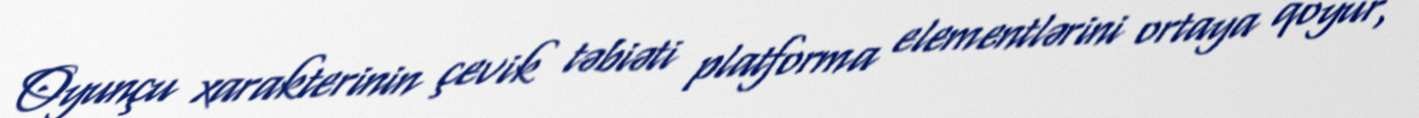
Oyunçu xarakterinin çevik təbiəti platforma elementlərini ortaya qoyur,